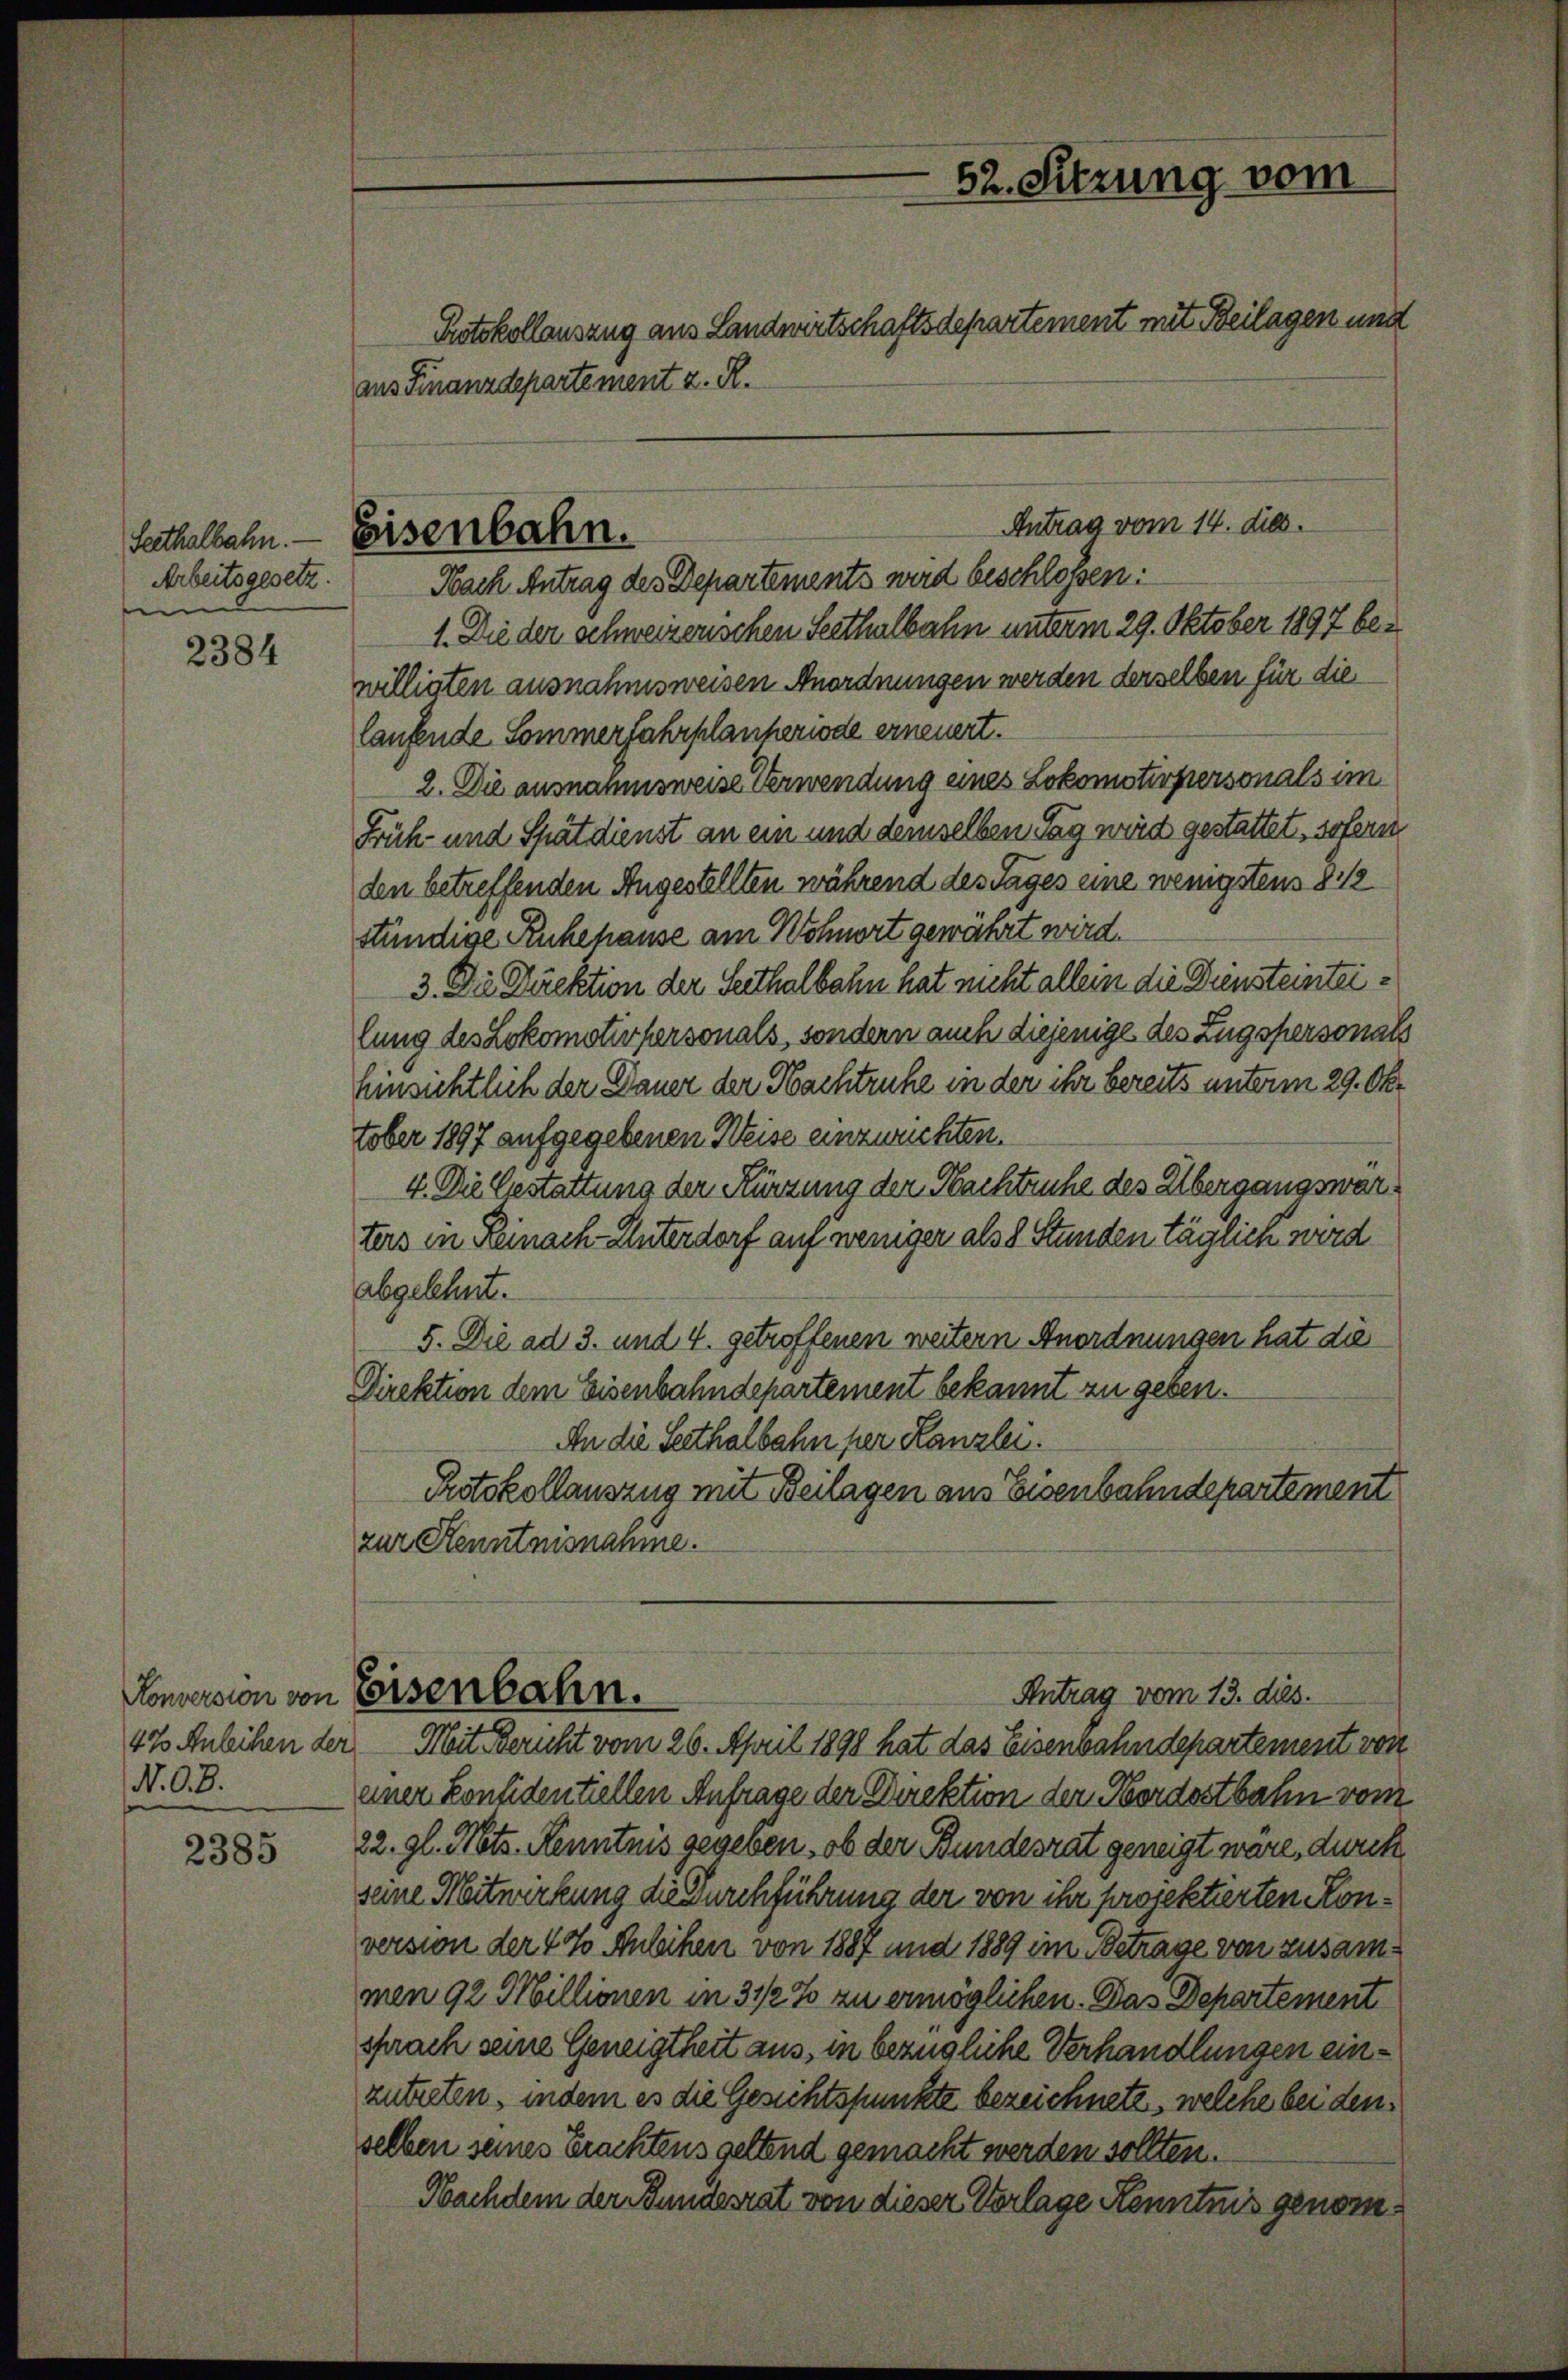
Seithalbahn.
Arbeitsgesetz.
e

2384

Konversion von
47 Anleihen der
N.O.B.

2385

Eisenbahn.

aus Finanzdepartement z. R.

Nach Antrag des Departements wird beschlossen:
1. Die der schweizerischen Seethalbahn unterm 29. Oktober 1897 bewilligten ausnahmsweisen Anordnungen werden derselben für die
laufende Sommerfahrplanheriode erneuert.
2. Die ausnahmsweise Verwendung eines Lokomotivpersonals im
Früh- und Spätdienst an ein und demselben Tag wird gestattet, soferne
den betreffenden Angestellten während des Tages eine wenigstens 8 1/2
ständige Ruhehause am Wohnort gewährt wird.
3. Die Direktion der Seithalbahn hat nicht allein die Diensteinteilung des Lokomotivfersonals, sondern auch diejenige des Zugspersonals
hinsichtlich der Dauer der Nachtruhe in der ihr bereits unterm 29. Okt
tober 1897 aufgegebenen Weise einzwuchten.
4. Die Gestattung der Kürzung der Nachtruhe des Übergangswarters in Reinach-Unterdorf auf weniger als 8 Stunden täglich wird
abgelehnt.
5. Die ad 3. und 4. getroffenen weitern Anordnungen hat die
Direktion dem Eisenbahndepartement bekannt zu geben.
An die Seethalbahn per Kanzlei.
Protokollauszug mit Beilagen aus Eisenbahndepartement
zur Kenntnisnahme.
Antrag vom 13. dies.
Eisenbahn.
Mit Bericht vom 26. April 1898 hat das Eisenbahndepartement von
einer Considentiellen Anfrage der Direktion der Nordostbahn vom
22. gl. Mts. Kenntnis gegeben, ob der Bundesrat geneigt wäre, durch
seine Mitwirkung die Durchführung der von ihr prorektierten Konversion der 4 % Anleihen von 1887 und 1889 im Betrage von zusammen 92 Millionen in 3 1/2 % zu ermöglichen. Das Departement
sprach seine Geneigtheit aus, in bezügliche Verhandlungen einzutreten, indem es die Gesichtspunkte bezeichnete, welche bei den
selben seines Erachtens geltend gemacht werden sollten.
Nachdem der Bundesrat von dieser Verlage Kenntnis genom¬

52. Sitzung vom
Protokollauszug aus Landwirtschaftsdepartement mit Beilagen und

Antrag vom 14. dies